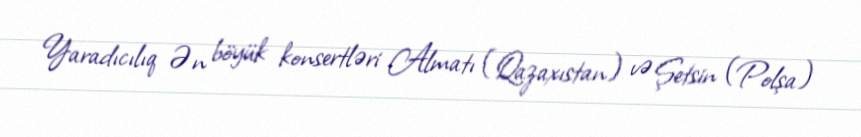
Yaradıcılıq Ən böyük konsertləri Almatı (Qazaxıstan) və Şetsin (Polşa)